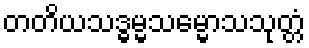
တတိယသဒ္ဓမ္မသမ္မောသသုတ္တံ